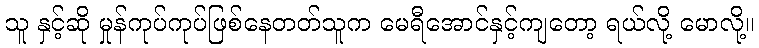
သူ နှင့်ဆို မှုန်ကုပ်ကုပ်ဖြစ်နေတတ်သူက မေရီအောင်နှင့်ကျတော့ ရယ်လို့ မောလို့။